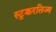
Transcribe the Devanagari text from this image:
स्ट्रक्चरलिज्म